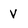
Character: v